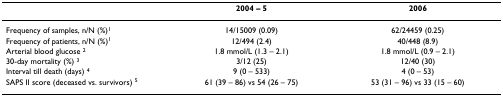
<table><thead><tr><td></td><td><b>2004 – 5</b></td><td><b>2006</b></td></tr></thead><tbody><tr><td>Frequency of samples, n/N (%)<sup>1</sup></td><td>14/15009 (0.09)</td><td>62/24459 (0.25)</td></tr><tr><td>Frequency of patients, n/N (%)<sup>1</sup></td><td>12/494 (2.4)</td><td>40/448 (8.9)</td></tr><tr><td>Arterial blood glucose <sup>2</sup></td><td>1.8 mmol/L (1.3 – 2.1)</td><td>1.8 mmol/L (0.9 – 2.1)</td></tr><tr><td>30-day mortality (%) <sup>3</sup></td><td>3/12 (25)</td><td>12/40 (30)</td></tr><tr><td>Interval till death (days) <sup>4</sup></td><td>9 (0 – 533)</td><td>4 (0 – 53)</td></tr><tr><td>SAPS II score (deceased vs. survivors) <sup>5</sup></td><td>61 (39 – 86) vs 54 (26 – 75)</td><td>53 (31 – 96) vs 33 (15 – 60)</td></tr></tbody></table>